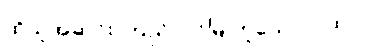
ထိုသူအဆင်း ကြည်လင်မြဲ ဟူသော ဂါထာ။